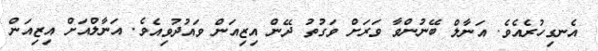
އެނގިހުރެއެވެ. އަނާލް ބޭނުންވާ ވަރަށް ވަގުތު ދޭން އިޒިއަން ވައުދުވިއެވެ. އަނާލްއަށް އިޒިއަން